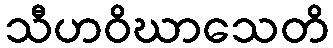
သီဟဝိဃာသေတိ